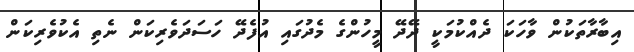
އިބާރާތަކުން ވާހަކަ ދެއްކުމަކީ ދޭދޭ މީހުންގެ މެދުގައި އުފެދޭ ހަސަދަވެރިކަން ނެތި އެކުވެރިކަން